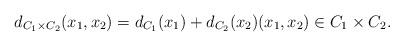
LaTeX: \begin{align*} d_{C_1 \times C_2}(x_1,x_2) = d_{C_1}(x_1) + d_{C_2}(x_2) (x_1,x_2) \in C_1 \times C_2.\end{align*}